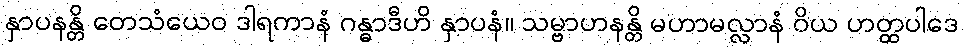
နှာပနန္တိ တေသံယေဝ ဒါရကာနံ ဂန္ဓာဒီဟိ နှာပနံ။ သမ္ဗာဟနန္တိ မဟာမလ္လာနံ ဝိယ ဟတ္ထပါဒေ